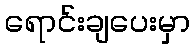
ရောင်းချပေးမှာ